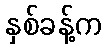
နှစ်ခန့်က